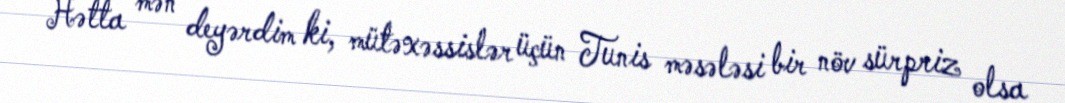
Hətta mən deyərdim ki, mütəxəssislər üçün Tunis məsələsi bir növ sürpriz olsa